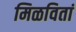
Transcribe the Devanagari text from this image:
मिळवितां